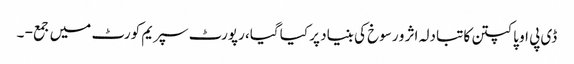
ڈی پی او پاکپتن کا تبادلہ اثر و رسوخ کی بنیاد پر کیا گیا، رپورٹ سپریم کورٹ میں جمع - ۔